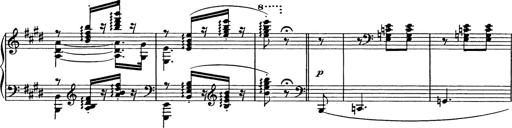
Title: Consolations
Composer: Franz Liszt